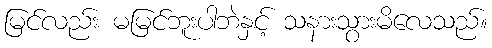
မြင်လည်း မမြင်ဘူးပါဘဲနှင့် သနားသွားမိလေသည်။